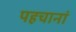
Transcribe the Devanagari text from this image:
पहचानां